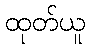
ထုတ်ယူ